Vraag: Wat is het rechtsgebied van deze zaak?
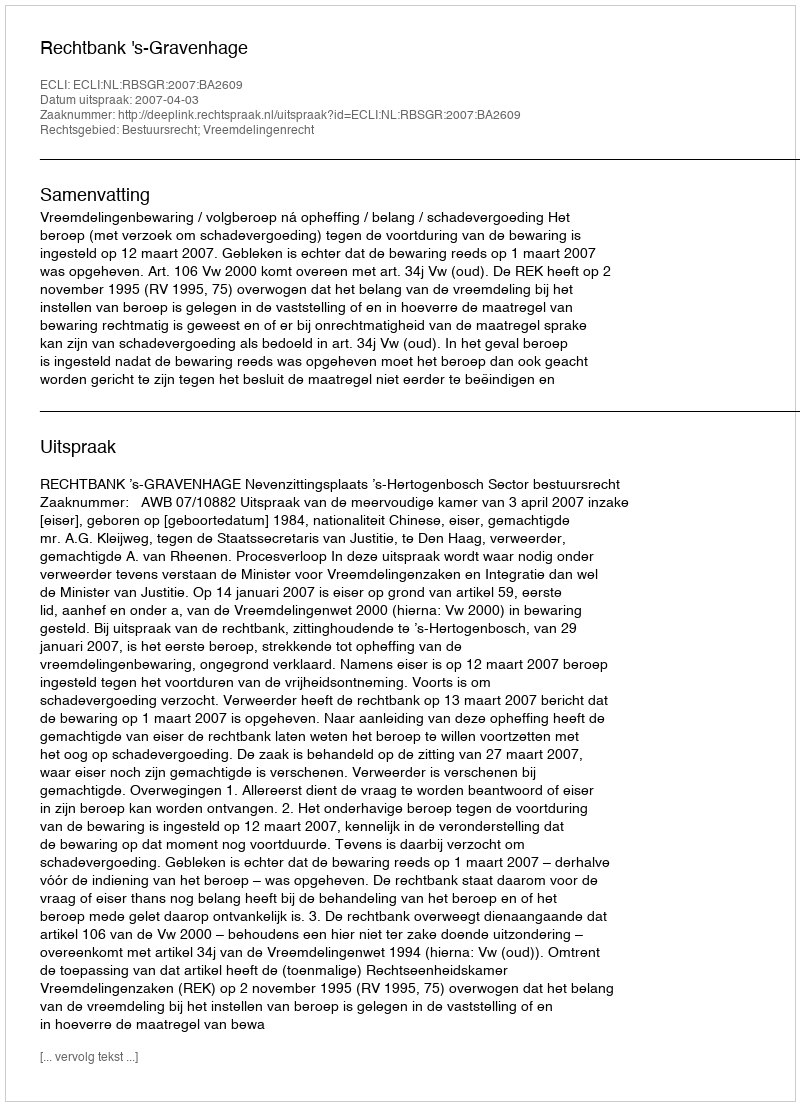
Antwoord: Bestuursrecht; Vreemdelingenrecht